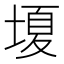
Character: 𡏘